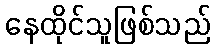
နေထိုင်သူဖြစ်သည်